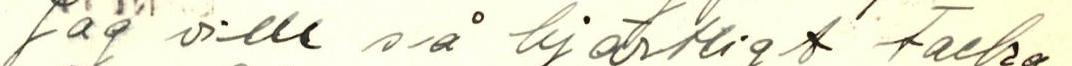
Jag vill så hjärtligt tacka